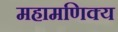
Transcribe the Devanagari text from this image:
महामणिक्य